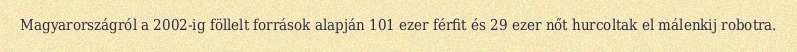
Magyarországról a 2002-ig föllelt források alapján 101 ezer férfit és 29 ezer nőt hurcoltak el málenkij robotra.